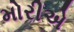
મોરીએ